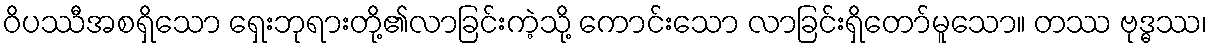
ဝိပဿီအစရှိသော ရှေးဘုရားတို့၏လာခြင်းကဲ့သို့ ကောင်းသော လာခြင်းရှိတော်မူသော။ တဿ ဗုဒ္ဓဿ၊